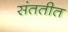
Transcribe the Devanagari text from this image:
संततीत